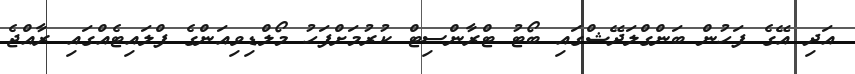
އަދި އޭގެ ފަހުން ބަންގްލަދޭޝްގައި ބޯޓު ޓްރާންސިޓް ކުރުމަށްފަހު މޯލްޑިވިއަންގެ ފްލައިޓެއްގައި ރާއްޖެ